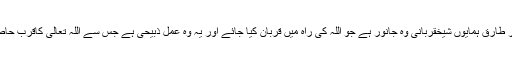
عید الاضحٰیڈاکٹر طارق ہمایوں شیخقربانی وہ جانور ہے جو اللہ کی راہ میں قربان کیا جائے اور یہ وہ عمل ذبیحی ہے جس سے اللہ تعالیٰ کاقرب حاصل کیا جاتاہے ۔